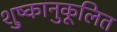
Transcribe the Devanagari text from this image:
शु्ष्कानुकूलित